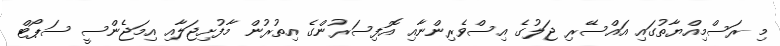
މި ރަސްމިއްޔާތުގައި އައްސޭރި ޖަލުގެ އިސްވެރިންނާއި އޮފިސަރުންގެ އިތުރުން މާފުށިޖަލާއި އިމަޖެންސީ ސަޕޯޓް